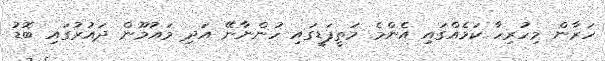
ހަރާން މިހުރިހާ ކަމެއްގައި އެންމެ މަތީފަޑީގައި ހުންނާނޭ އަދި މައުމޫން ދައުރުގައި ބޮޑު